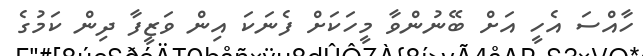
ހާއްސަ އެހީ އަށް ބޭނުންވާ މީހަކަށް ފެނަކަ އިން ވަޒީފާ ދިން ކަމުގެ